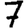
Digit: 7